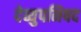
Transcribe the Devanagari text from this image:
देव्युपनिषद